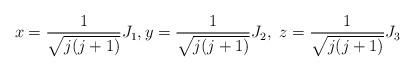
LaTeX: \begin{align*}x=\frac{1}{\sqrt{j(j+1)}}J_{1},y=\frac{1}{\sqrt{j(j+1)}}J_{2},\text{\ }z=\frac{1}{\sqrt{j(j+1)}}J_{3}\end{align*}